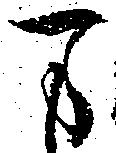
万